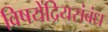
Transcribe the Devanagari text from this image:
विषयेंद्रियसंबंध